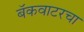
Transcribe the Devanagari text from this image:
बॅकवाटरचा